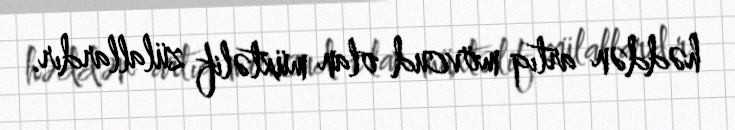
həddən artıq mövcud olan müxtəlif zülallardır.